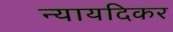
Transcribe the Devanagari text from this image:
न्यायदिकर